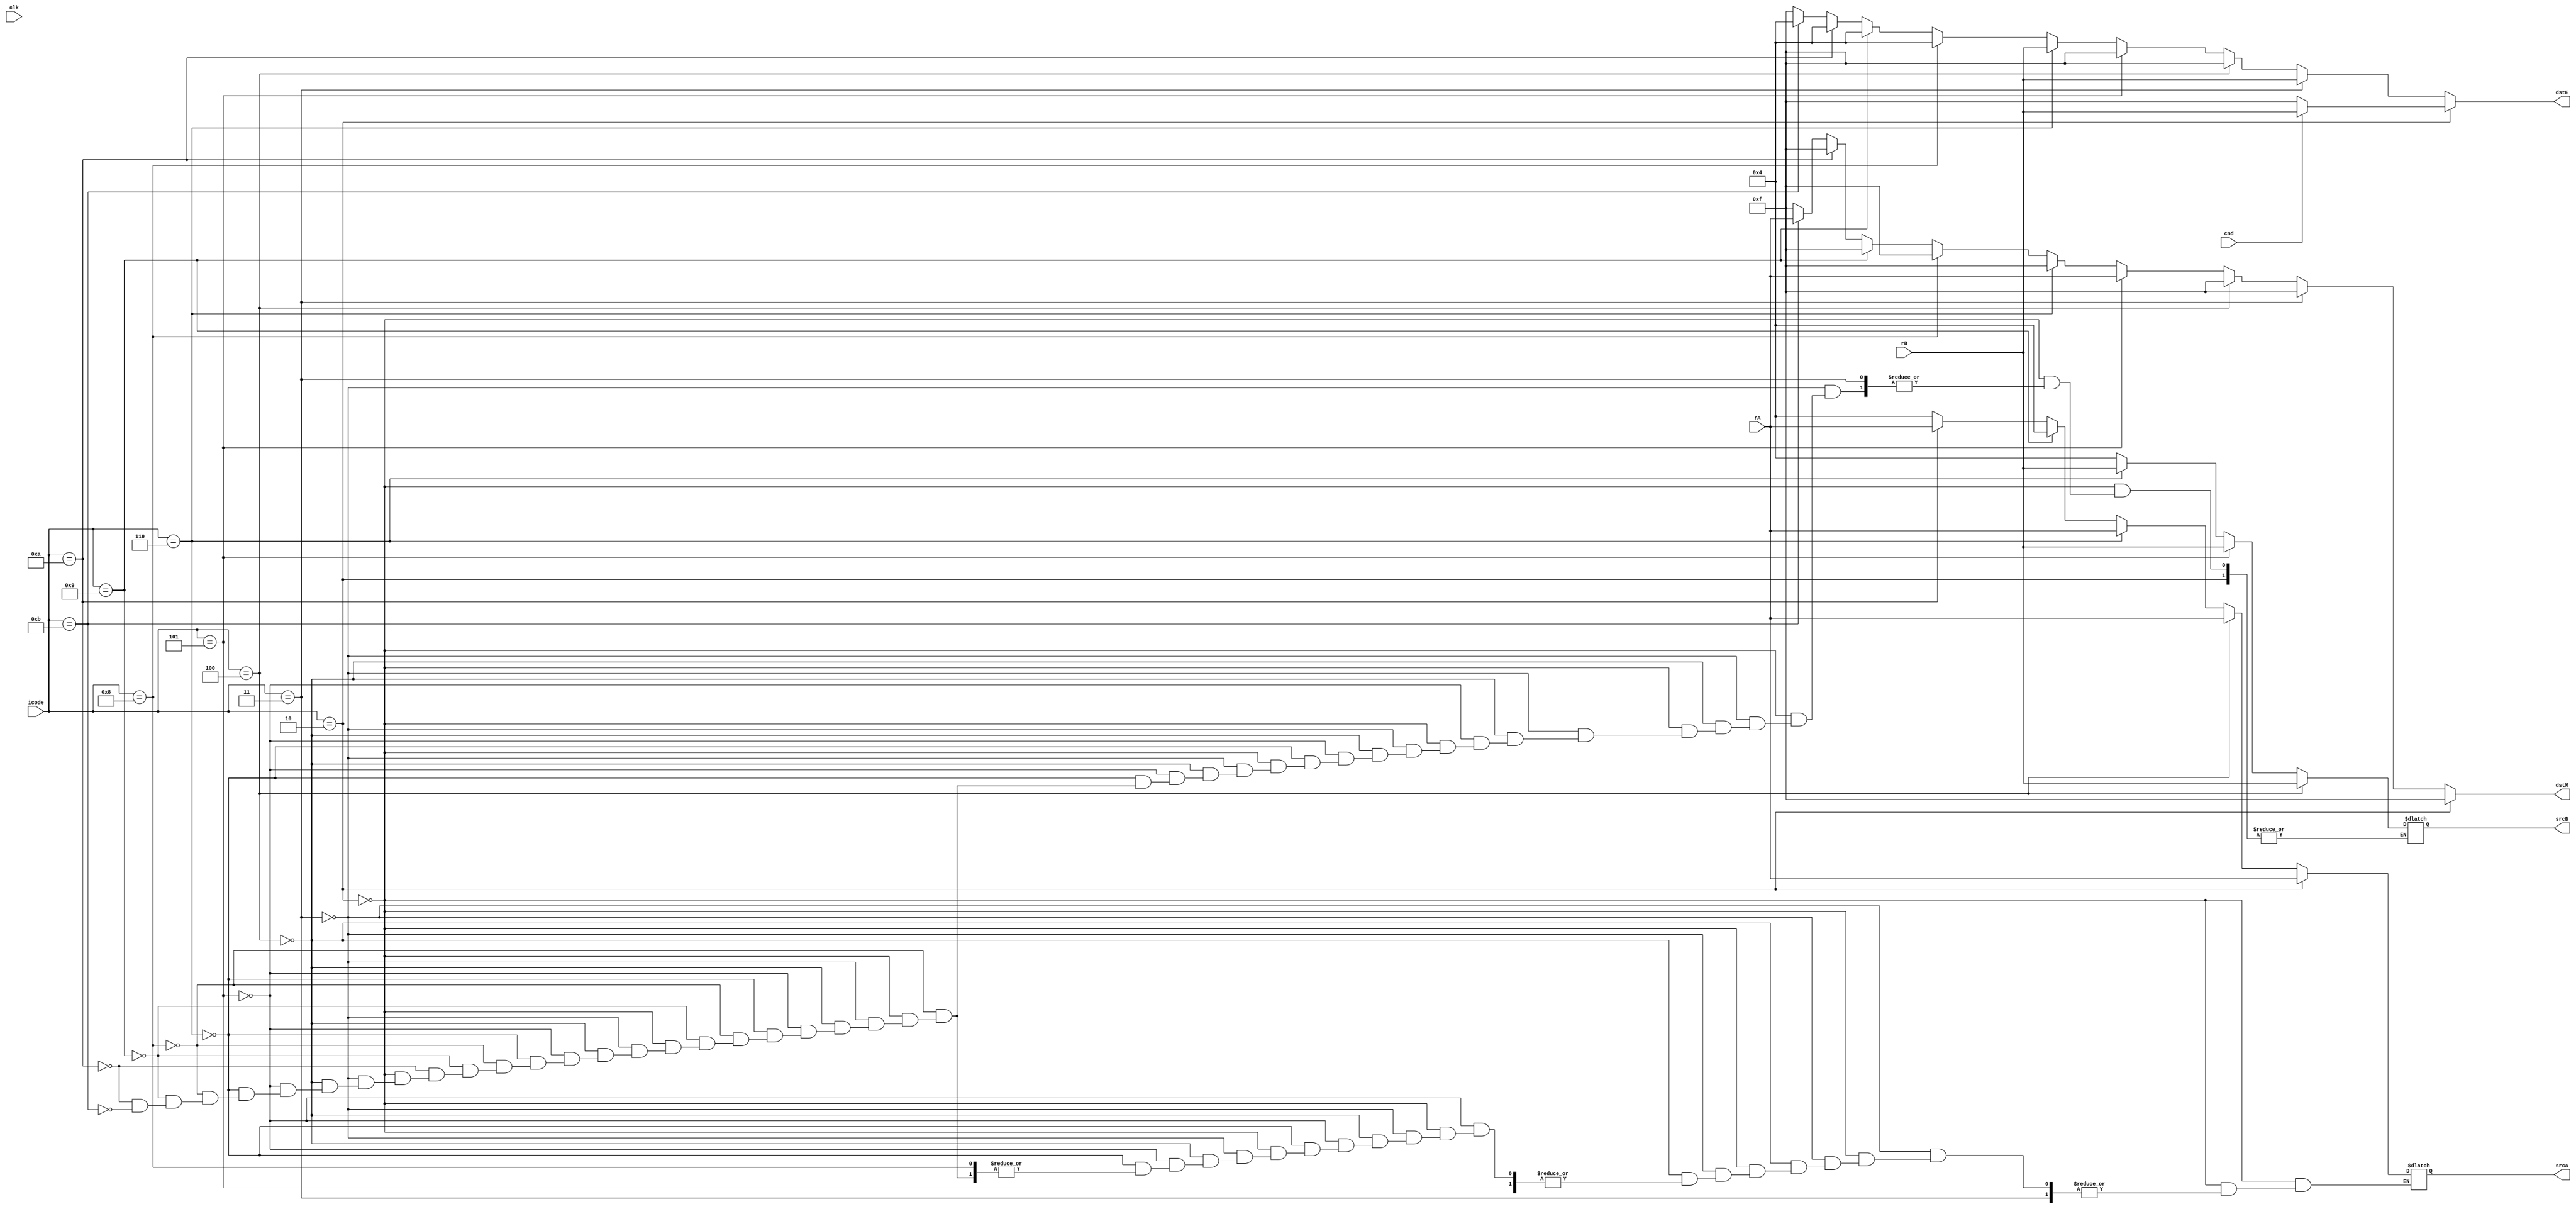
module decodewb(dstE, dstM, srcA, srcB, cnd, icode, rA, rB, clk);

input clk,cnd;
input [3:0] icode, rA, rB; // initialising inputs

output reg [3:0] srcA, srcB, dstE, dstM; //declaring register ids.
 
always@(rA, rB, icode)
begin
    dstE = 4'hf;
    dstM = 4'hf;
    //decode

    //cmovxx
    if (icode == 4'h2)
    begin
        srcA = rA;
        if (cnd == 1)
        begin
            dstE = rB;
        end
    end

    //irmovq
    else if (icode == 4'h3)
    begin
        dstE = rB;
    end

    //rmmovq
    else if (icode == 4'h4)
    begin
        srcA = rA;
        srcB = rB;
    end

    //mrmovq
    else if (icode == 4'h5)
    begin
        srcB = rB;
        dstM = rA;
    end

    //opq
    else if (icode == 4'h6)
    begin
        srcA = rA;
        srcB = rB;
        dstE = rB;
    end

    //call
    else if(icode == 4'h8)
    begin
        srcB = 4'h4;
        dstE = 4'h4;
    end

    //ret
    else if (icode == 4'h9)
    begin
        srcA = 4'h4;
        srcB = 4'h4;
        dstE = 4'h4;
    end

    //pushq
    else if (icode == 4'ha)
    begin
        srcA = rA;
        srcB = 4'h4;
        dstE = 4'h4;
    end

    //popq
    else if (icode == 4'hb)
    begin
        srcA = 4'h4;
        srcB = 4'h4;
        dstE = 4'h4;
        dstM = rA;
    end
    $display("srcA = %h, srcB = %h",srcA,srcB);
end

endmodule